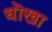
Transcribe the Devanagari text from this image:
धॊखा